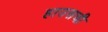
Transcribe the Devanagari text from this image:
हाउसची